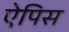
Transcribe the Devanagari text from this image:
ऐपिस